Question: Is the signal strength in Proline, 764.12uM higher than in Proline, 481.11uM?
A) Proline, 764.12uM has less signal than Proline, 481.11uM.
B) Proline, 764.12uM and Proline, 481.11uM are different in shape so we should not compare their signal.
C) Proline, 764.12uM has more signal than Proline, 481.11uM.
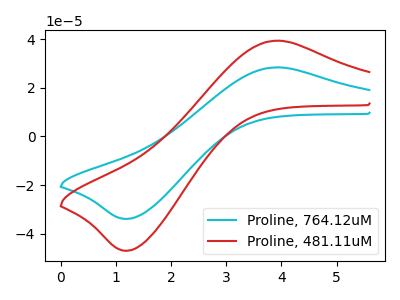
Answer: <think>The cyan curve "Proline, 764.12uM" has an anodic peak at (3.95V, 28.35uA) and a cathodic peak at (1.20V, -33.85uA). The red curve "Proline, 481.11uM" has an anodic peak at (3.95V, 39.30uA) and a cathodic peak at (1.20V, -46.90uA).
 All the peaks in "Proline, 764.12uM" have a peak in "Proline, 481.11uM" at the same potential. Every peak in "Proline, 764.12uM" is lower than every peak in "Proline, 481.11uM".</think>
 <answer>A) "Proline, 764.12uM" has less signal than "Proline, 481.11uM".</answer>
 <eval>A</eval>